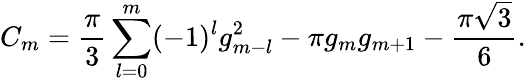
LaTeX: C_{m}={\frac{\pi}{3}}\sum_{l=0}^{m}(-1)^{l}g_{m-l}^{2}-\pi g_{m}g_{m+1}-{\frac{\pi{\sqrt 3}}{6}}.